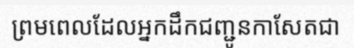
ព្រមពេលដែលអ្នកដឹកជញ្ជូនកាសែតជា